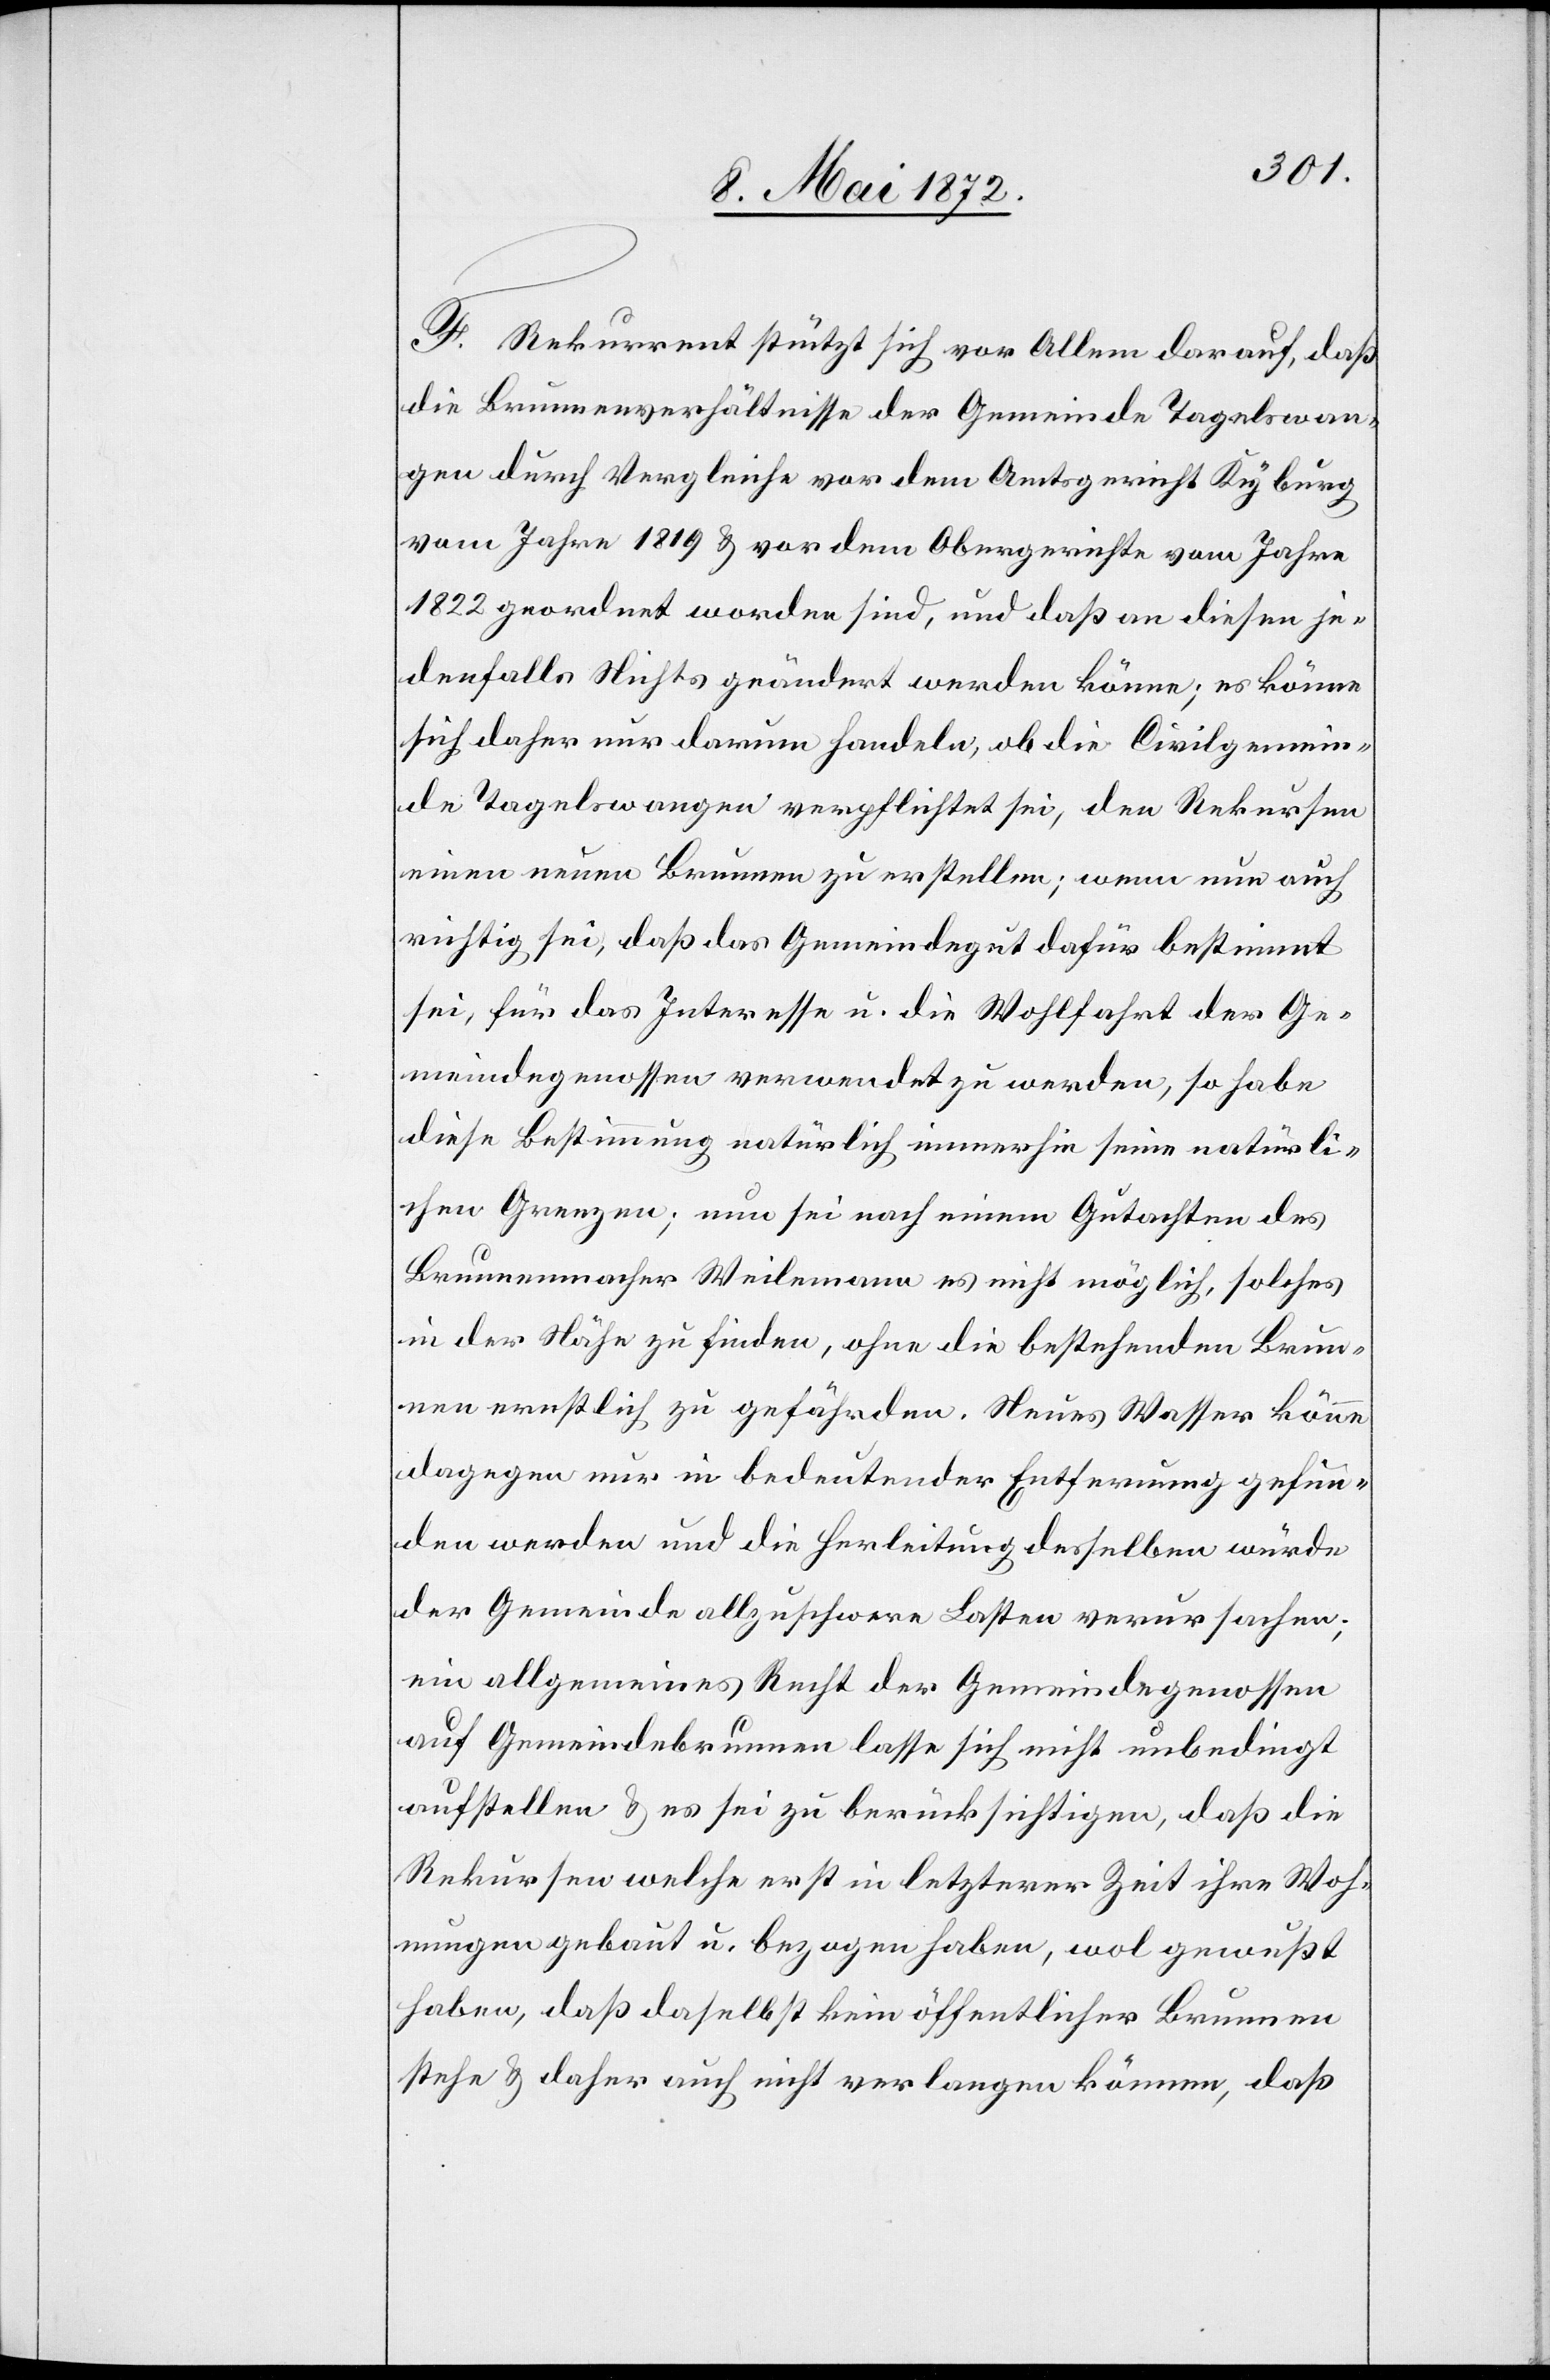
F. Rekurrent stützt sich vor Allem darauf, daß
die Brunnenverhältnisse der Gemeinde Tagelswan¬
gen durch Vergleiche vor dem Amtsgericht Kyburg
vom Jahre 1819 u. vor dem Obergerichte vom Jahre
1822 geordnet worden sind, und daß an diesen je¬
denfalls Nichts geändert werden könne; es könne
sich daher nur darum handeln, ob die Civilgemein¬
de Tagelswangen verpflichtet sei, den Rekursen
einen neuen Brunnen zu erstellen; wenn nun auch
richtig sei, daß das Gemeindegut dafür bestimmt
sei, für das Interesse u. die Wohlfahrt der Ge¬
meindegenossen verwendet zu werden, so habe
diese Bestimmung natürlich immerhin seine natürli¬
chen Grenzen; nun sei nach einem Gutachten des
Brunnenmacher Weilemann es nicht möglich, solches
in der Nähe zu finden, ohne die bestehenden Brun¬
nen ernstlich zu gefährden. Neues Wasser könne
dagegen nur in bedeutender Entfernung gefun¬
den werden und die Herleitung desselben würde
der Gemeinde allzuschwere Lasten verursachen;
ein allgemeines Recht der Gemeindegenossen
auf Gemeindebrunnen lasse sich nicht unbedingt
aufstellen u. es sei zu berücksichtigen, daß die
Rekursen welche erst in letzterer Zeit ihre Woh¬
nungen gebaut u. gezogen haben, wol gewußt
haben, daß daselbst kein öffentlicher Brunnen
stehe u. daher auch nicht verlangen können, daß